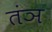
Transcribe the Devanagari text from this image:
तंञ